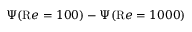
\Psi ( { \mathrm R e } = 1 0 0 ) - \Psi ( { \mathrm R e } = 1 0 0 0 )